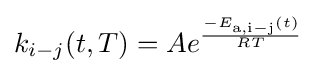
k_{i-j}(t,T)=Ae^{\frac {-E_{\rm {a,i-j}}(t)}{RT}}